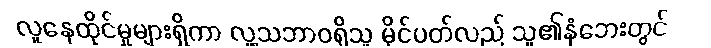
လူနေထိုင်မှုများရှိကာ လူ့သဘာဝရှိသူ မိုင်ပတ်လည် သူ၏နံဘေးတွင်